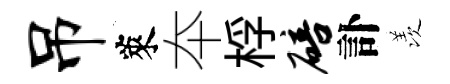
吊萊夲桴碚訃羡